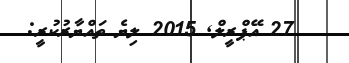
27 އޭޕްރީލް